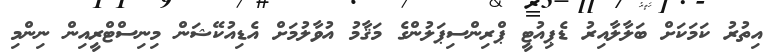
އިތުރު ކަމަކަށް ބަލާލާއިރު ޑެޕިއުޓީ ޕްރިންސިޕަލުންގެ މަޤާމު އުވާލުމަށް އެޑިއުކޭޝަން މިނިސްޓްރީއިން ނިންމި